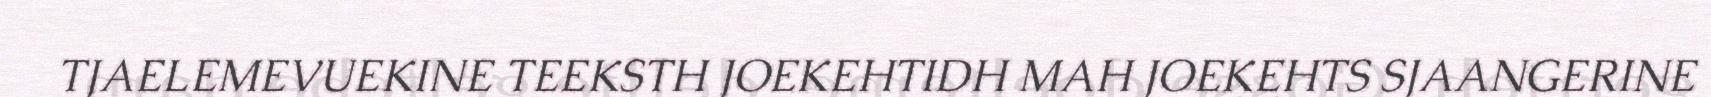
TJAELEMEVUEKINE TEEKSTH JOEKEHTIDH MAH JOEKEHTS SJAANGERINE